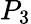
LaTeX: P_{3}